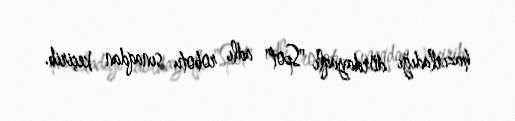
hazırladığı dördayaqlı "Spot" adlı robotu sınaqdan keçirib.